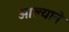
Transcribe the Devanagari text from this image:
आल्‍याने